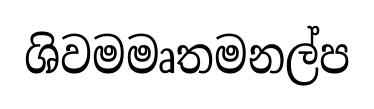
ශිවමමෘතමනල්ප